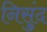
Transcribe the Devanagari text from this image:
निसुंद